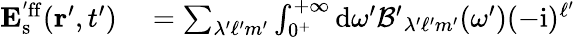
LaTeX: \begin{array}{rl}{\mathbf{E}_{\mathrm{s}}^{'\mathrm{ff}}(\mathbf{r}^{\prime},t^{\prime})}&{{}=\sum_{\lambda^{\prime}\ell^{\prime}m^{\prime}}\int_{0^{+}}^{+\infty}\mathrm{d}\omega^{\prime}\mathcal{B^{\prime}}_{\lambda^{\prime}\ell^{\prime}m^{\prime}}(\omega^{\prime})(-\mathrm{i})^{\ell^{\prime}}}\end{array}